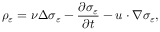
\rho _ { \varepsilon } = \nu \Delta \sigma _ { \varepsilon } - \frac { \partial \sigma _ { \varepsilon } } { \partial t } - u \cdot \nabla \sigma _ { \varepsilon } ,